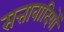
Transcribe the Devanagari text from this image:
सत्तावादियों